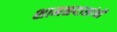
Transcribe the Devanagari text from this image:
शामळदासांनी